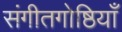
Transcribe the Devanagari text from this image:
संगीतगोष्ठियाँ